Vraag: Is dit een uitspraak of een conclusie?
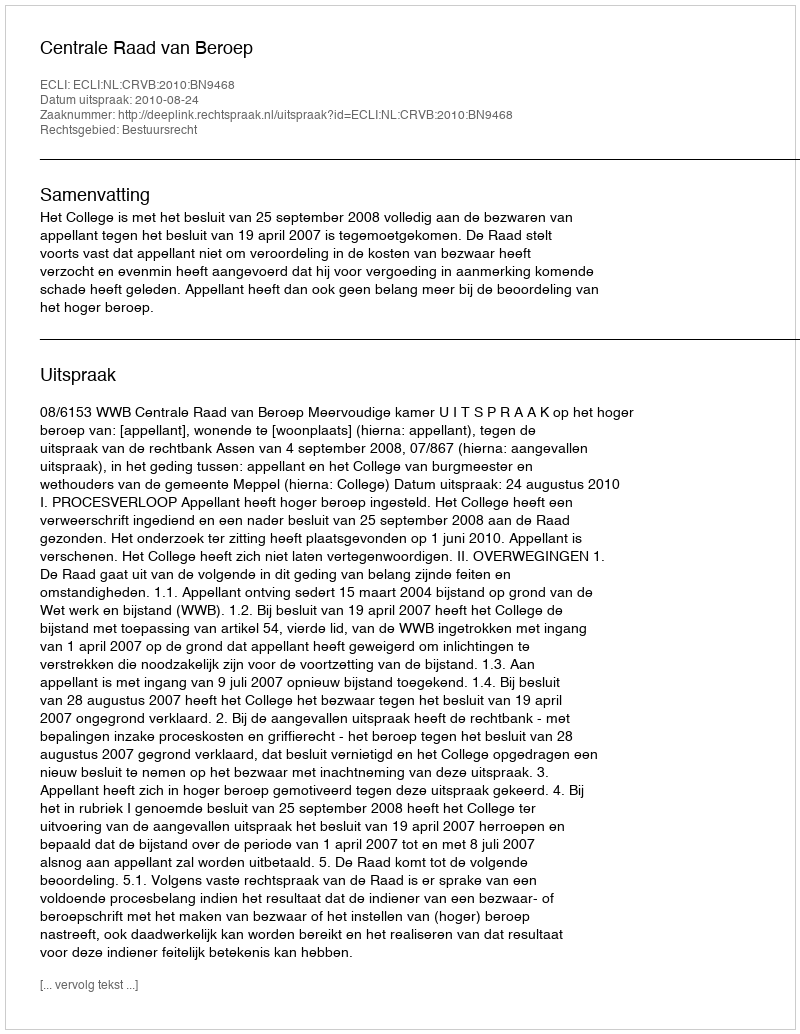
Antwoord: Uitspraak